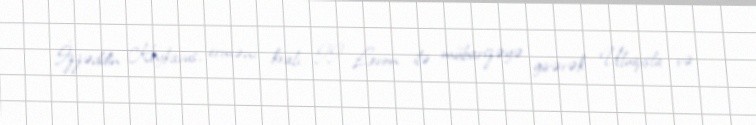
İzzəddin Keykavus, erməni kralı II Levon ilə mübarizəyə girərək Uluqışla və